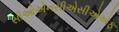
સીઓએનસીએસીએએફ